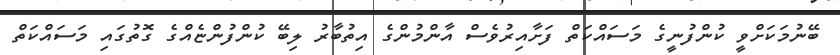
ބޭނުމަކަށްވީ ކުންފުނީގެ މަސައްކަތް ފަށާއިރުވެސް އާންމުންގެ އިތުބާރު ލިބޭ ކުންފުންޏެއްގެ ގޮތުގައި މަސައްކަތް